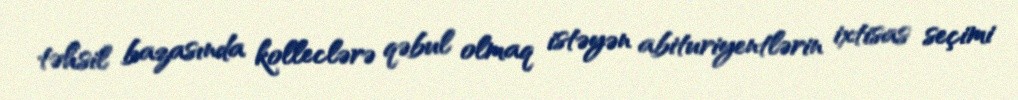
təhsil bazasında kolleclərə qəbul olmaq istəyən abituriyentlərin ixtisas seçimi